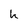
Character: h